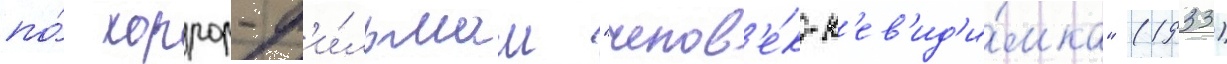
по́ хоррор-ф'и́льмам "челов'е́к-н'ев'ид'и́мка" (1933)